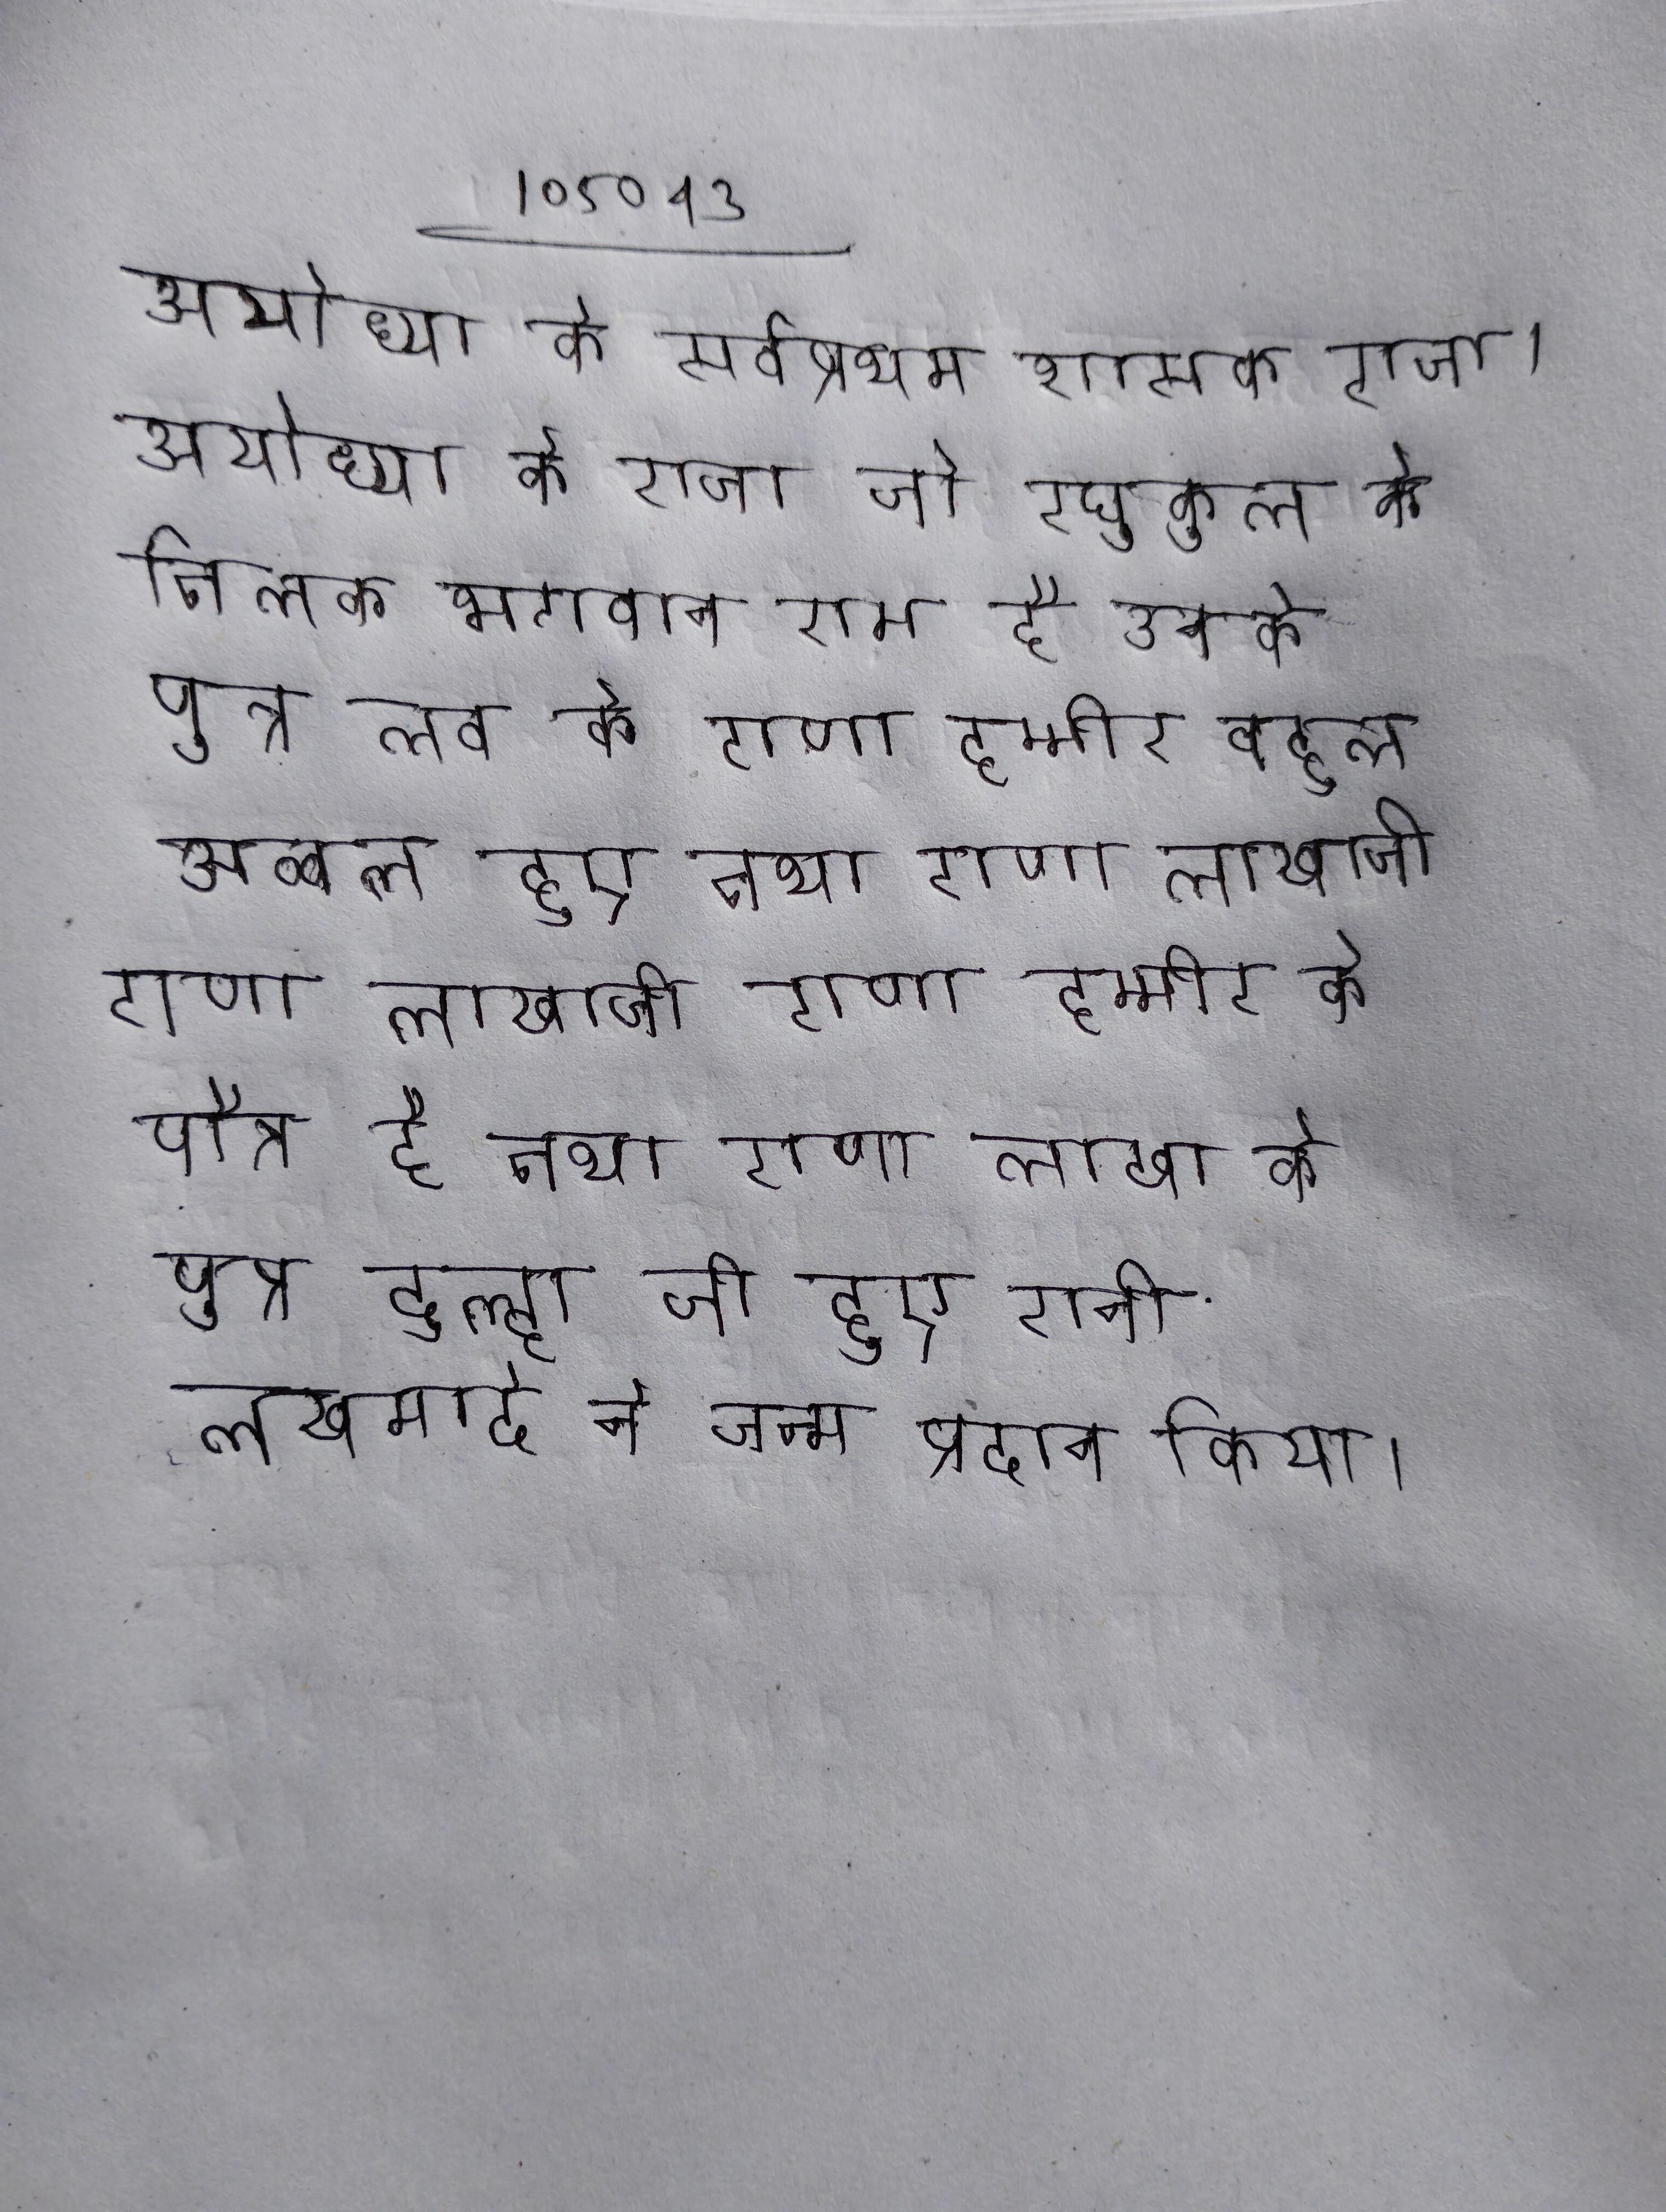
अयोध्या के सर्वप्रथम शासक राजा । अयोध्या के राजा । अयोध्या के राजा जो रघुकुल के तिलक भगवान राम है उनके पुत्र लव के राणा हम्मीर बहुत अव्वल हुए तथा राणा लाखाजी राणा हम्मीर के पौत्र है तथा राणा लाखा के पुत्र दुल्हा जी हुए रानी लखमादे ने जन्म प्रदान किया ।